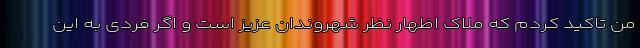
من تاکید کردم که ملاک اظهار نظر شهروندان عزیز است و اگر فردی به این